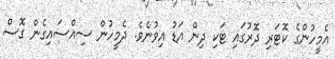
އެމީހުންގެ ކޮޓަރި ދޮރުގައި ޓަކި ދިން އަޑު އިވުނެވެ. ދެމީހުން ސިއްސައިގެން ގޮސް